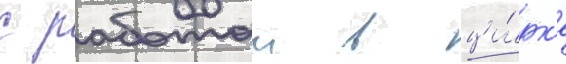
с работои в ци́рк'е